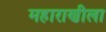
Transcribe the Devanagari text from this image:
महाराणीला